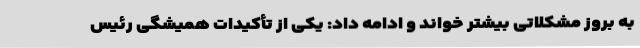
به بروز مشکلاتی بیشتر خواند و ادامه داد: یکی از تأکیدات همیشگی رئیس